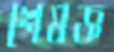
শেষজ্ঞ